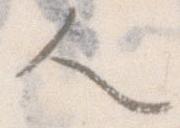
人